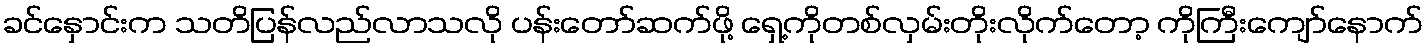
ခင်နှောင်းက သတိပြန်လည်လာသလို ပန်းတော်ဆက်ဖို့ ရှေ့ကိုတစ်လှမ်းတိုးလိုက်တော့ ကိုကြီးကျော်နောက်